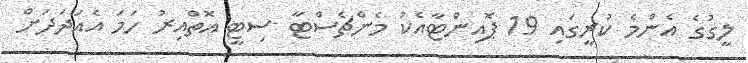
ލީގުގެ އެންމެ ކުރީގައި 19 ޕޮއިންޓާއެކު މެންޗެސްޓާ ސިޓީ އޮތްއިރު ހަމަ އެއަދަދަށް